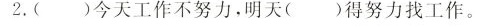
2.()今天工作不努力，明天()得努力找工作。